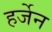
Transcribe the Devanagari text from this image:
हर्जेन